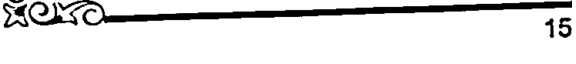
15